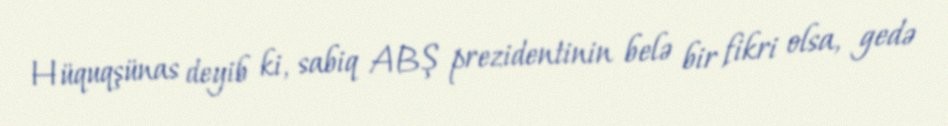
Hüquqşünas deyib ki, sabiq ABŞ prezidentinin belə bir fikri olsa, gedə